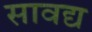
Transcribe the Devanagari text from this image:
सावद्य